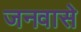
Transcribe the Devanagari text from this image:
जनवासे